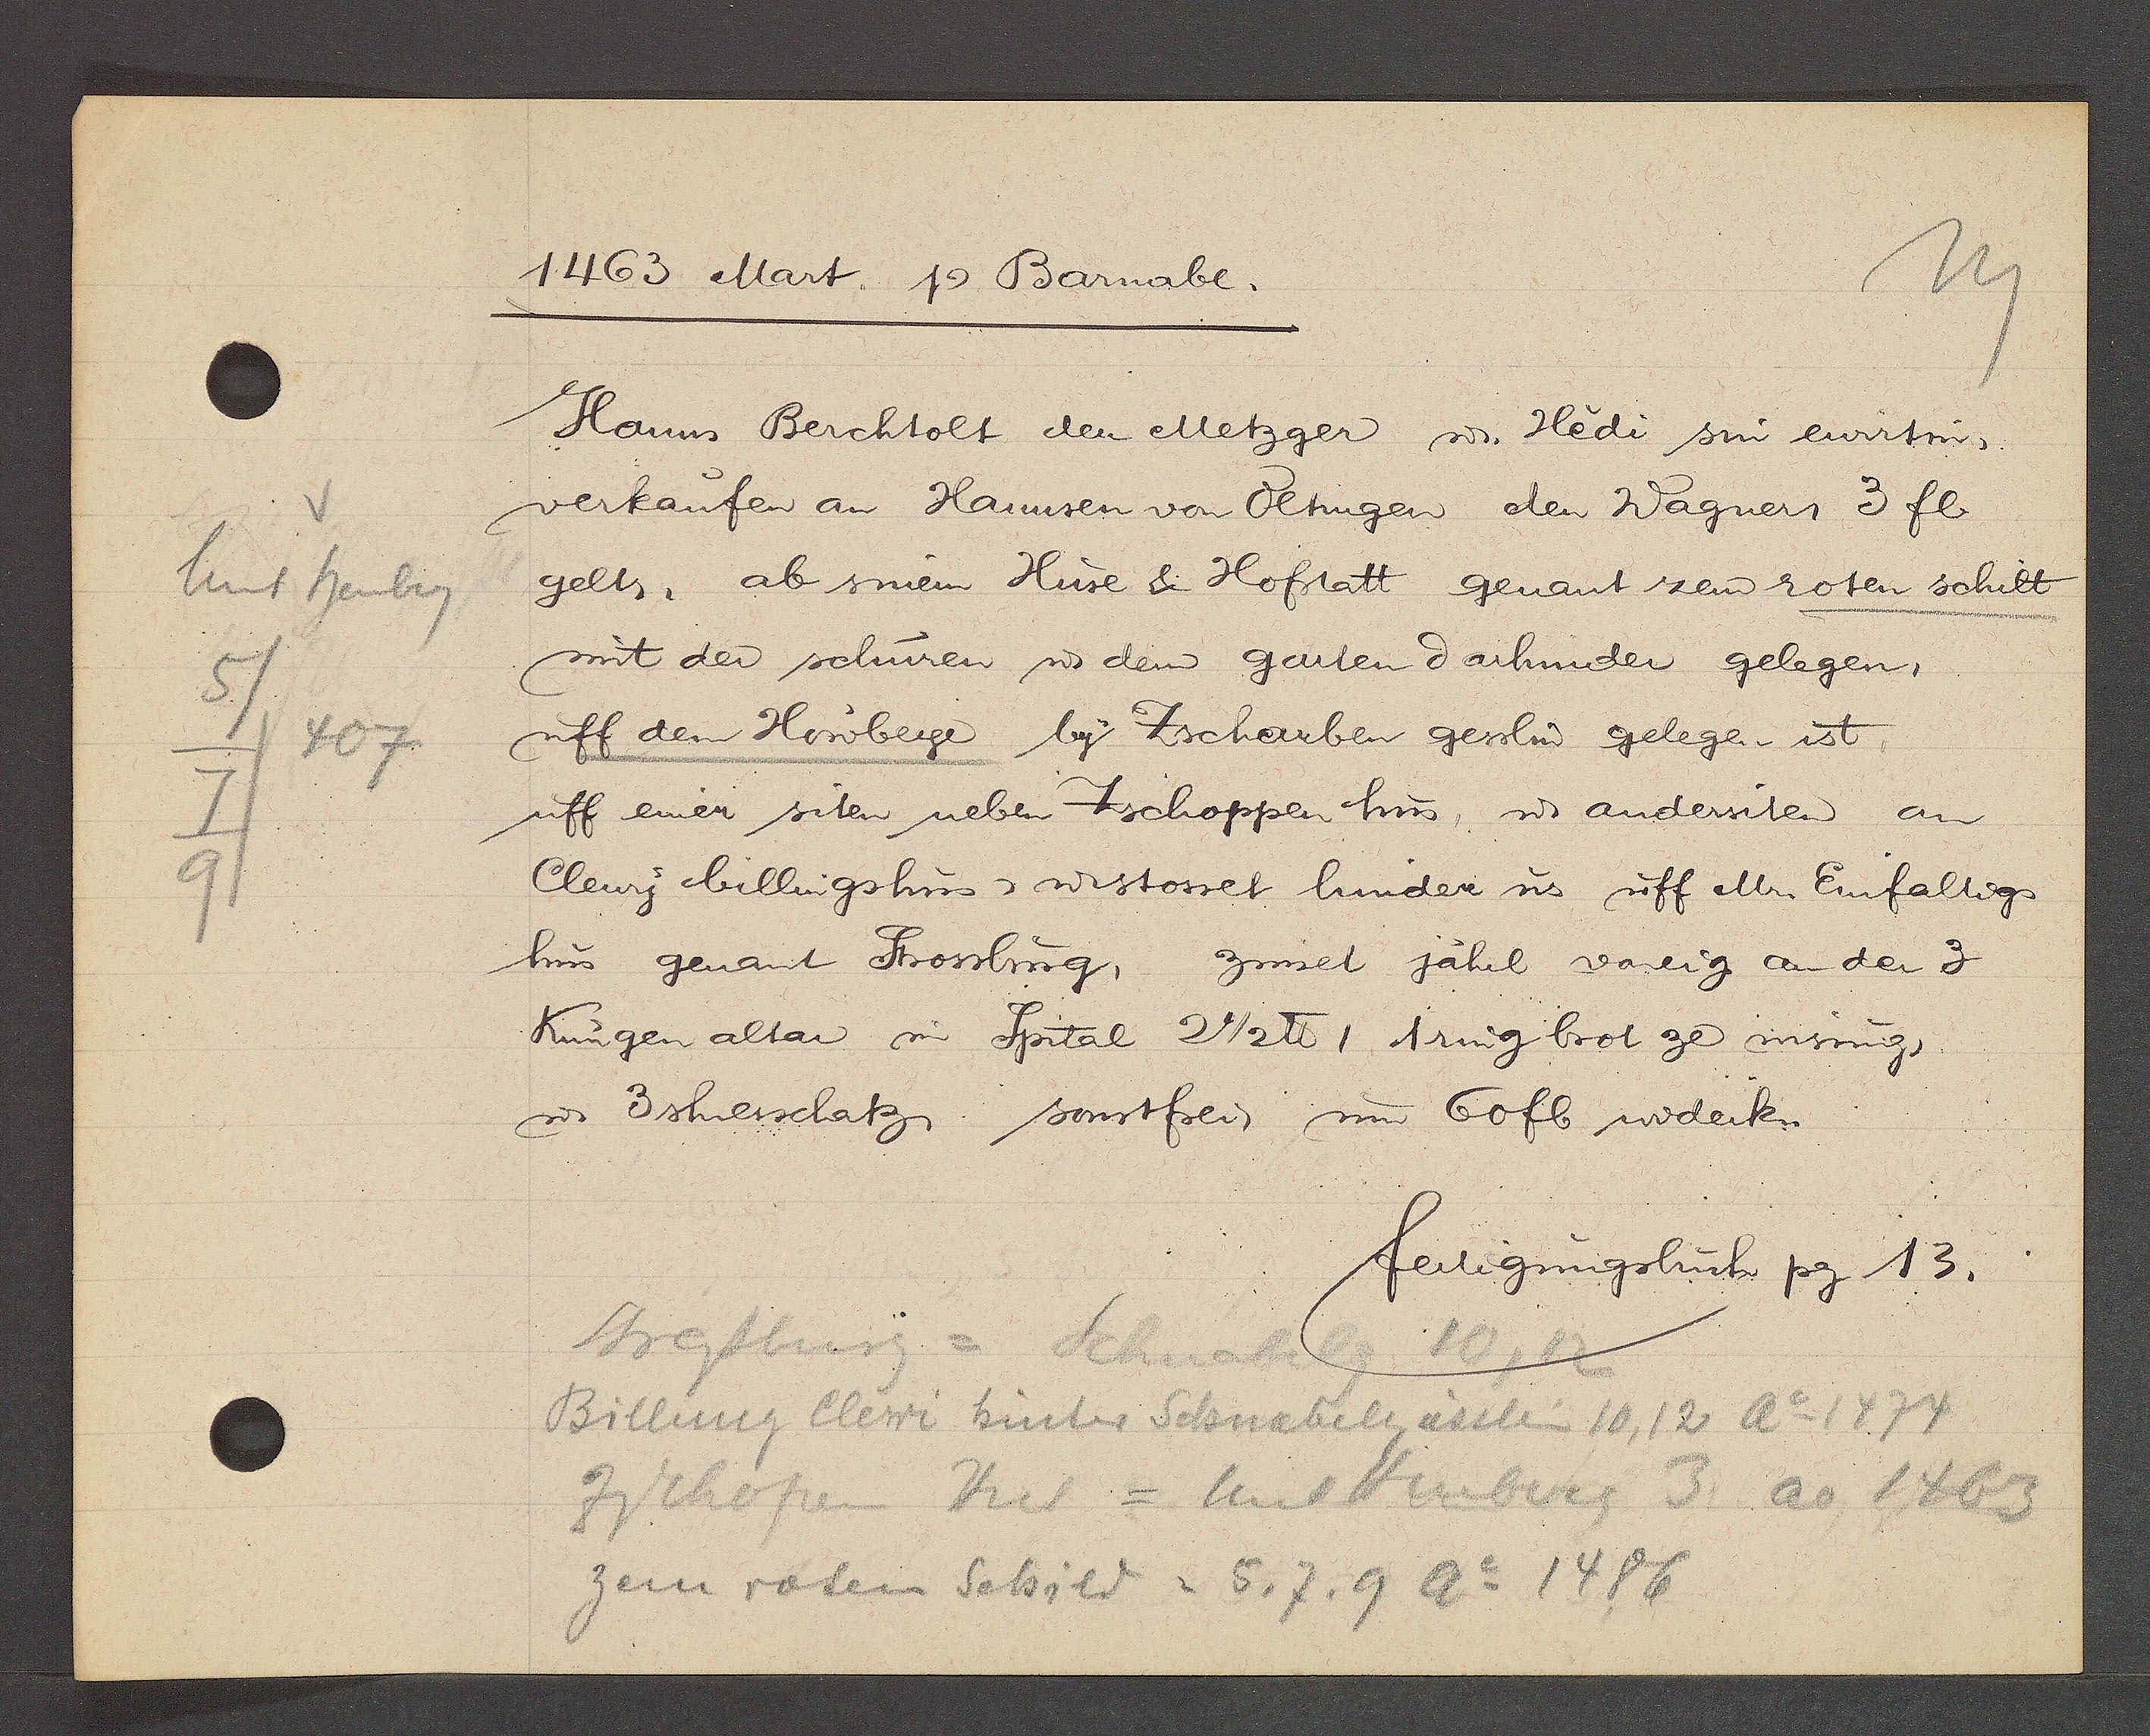
Transcript:
Unt heuberg
5
407.
7
9

1463 Mart. Ƿ Barnabe.

Hanns Berchtolt den Metzger u. Hedi sin ewirtin,
verkaufen an Hannsen von Betingen den Wagners 3 fl
gelts, ab sinem Huse & Hofstatt genant zem roten schilt
mit der schuren u dem garten darhinder gelegen,
uff dem Houberge by Zscharben gesslin gelegen ist
uff einer siten neben Zschoppen hus, u andersiten an
Clewy billingshus, u. stosset hinder us uff Mr. Einfaltigs
hus genant Strossburg, zinset jährl voneig an der 3
Kungen altar im Spital 2 1/2 ℔, 1 ring brot ze wisungs
u 3 sherschatz sonstfrei um 60 fl widerk.

fertigungsbuch pg. 13.

Strassburg = Schnabelg
10, 12
Billung Clewi hinter Schnabelgässlein 10, 12 Ao 1474
Zschopen Hus = unt Heuberg 3 ao 1463
zem roten Schild = 5, 7. 9 Ao 1486